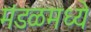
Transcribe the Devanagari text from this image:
मंडळमध्ये